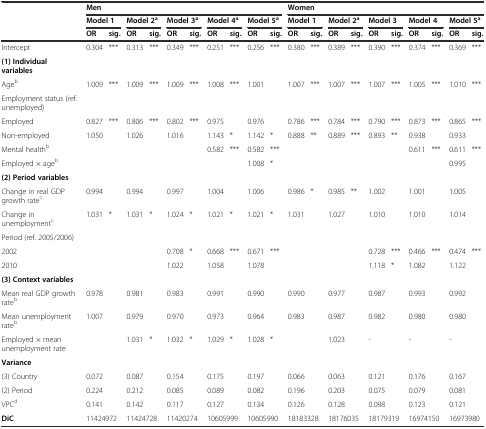
<table><thead><tr><td></td><td colspan="10"><b>Men</b></td><td colspan="10"><b>Women</b></td></tr><tr><td></td><td colspan="2"><b>Model 1</b></td><td colspan="2"><b>Model 2<sup>a</sup></b></td><td colspan="2"><b>Model 3<sup>a</sup></b></td><td colspan="2"><b>Model 4<sup>a</sup></b></td><td colspan="2"><b>Model 5<sup>a</sup></b></td><td colspan="2"><b>Model 1</b></td><td colspan="2"><b>Model 2<sup>a</sup></b></td><td colspan="2"><b>Model 3</b></td><td colspan="2"><b>Model 4</b></td><td colspan="2"><b>Model 5<sup>a</sup></b></td></tr><tr><td></td><td><b>OR</b></td><td><b>sig.</b></td><td><b>OR</b></td><td><b>sig.</b></td><td><b>OR</b></td><td><b>sig.</b></td><td><b>OR</b></td><td><b>sig.</b></td><td><b>OR</b></td><td><b>sig.</b></td><td><b>OR</b></td><td><b>sig.</b></td><td><b>OR</b></td><td><b>sig.</b></td><td><b>OR</b></td><td><b>sig.</b></td><td><b>OR</b></td><td><b>sig.</b></td><td><b>OR</b></td><td><b>sig.</b></td></tr></thead><tbody><tr><td>Intercept</td><td>0.304</td><td>***</td><td>0.313</td><td>***</td><td>0.349</td><td>***</td><td>0.251</td><td>***</td><td>0.256</td><td>***</td><td>0.380</td><td>***</td><td>0.389</td><td>***</td><td>0.390</td><td>***</td><td>0.374</td><td>***</td><td>0.369</td><td>***</td></tr><tr><td><b>(1) Individual variables</b></td><td></td><td></td><td></td><td></td><td></td><td></td><td></td><td></td><td></td><td></td><td></td><td></td><td></td><td></td><td></td><td></td><td></td><td></td><td></td><td></td></tr><tr><td>Age<sup>b</sup></td><td>1.009</td><td>***</td><td>1.009</td><td>***</td><td>1.009</td><td>***</td><td>1.008</td><td>***</td><td>1.001</td><td></td><td>1.007</td><td>***</td><td>1.007</td><td>***</td><td>1.007</td><td>***</td><td>1.005</td><td>***</td><td>1.010</td><td>***</td></tr><tr><td>Employment status (ref. unemployed)</td><td></td><td></td><td></td><td></td><td></td><td></td><td></td><td></td><td></td><td></td><td></td><td></td><td></td><td></td><td></td><td></td><td></td><td></td><td></td><td></td></tr><tr><td>Employed</td><td>0.827</td><td>***</td><td>0.806</td><td>***</td><td>0.802</td><td>***</td><td>0.975</td><td></td><td>0.976</td><td></td><td>0.786</td><td>***</td><td>0.784</td><td>***</td><td>0.790</td><td>***</td><td>0.873</td><td>***</td><td>0.865</td><td>***</td></tr><tr><td>Non-employed</td><td>1.050</td><td></td><td>1.026</td><td></td><td>1.016</td><td></td><td>1.143</td><td>*</td><td>1.142</td><td>*</td><td>0.888</td><td>**</td><td>0.889</td><td>***</td><td>0.893</td><td>**</td><td>0.938</td><td></td><td>0.933</td><td></td></tr><tr><td>Mental health<sup>b</sup></td><td></td><td></td><td></td><td></td><td></td><td></td><td>0.582</td><td>***</td><td>0.582</td><td>***</td><td></td><td></td><td></td><td></td><td></td><td></td><td>0.611</td><td>***</td><td>0.611</td><td>***</td></tr><tr><td>Employed × age<sup>b</sup></td><td></td><td></td><td></td><td></td><td></td><td></td><td></td><td></td><td>1.008</td><td>*</td><td></td><td></td><td></td><td></td><td></td><td></td><td></td><td></td><td>0.995</td><td></td></tr><tr><td><b>(2) Period variables</b></td><td></td><td></td><td></td><td></td><td></td><td></td><td></td><td></td><td></td><td></td><td></td><td></td><td></td><td></td><td></td><td></td><td></td><td></td><td></td><td></td></tr><tr><td>Change in real GDP growth rate<sup>c</sup></td><td>0.994</td><td></td><td>0.994</td><td></td><td>0.997</td><td></td><td>1.004</td><td></td><td>1.006</td><td></td><td>0.986</td><td>*</td><td>0.985</td><td>**</td><td>1.002</td><td></td><td>1.001</td><td></td><td>1.005</td><td></td></tr><tr><td>Change in unemployment<sup>c</sup></td><td>1.031</td><td>*</td><td>1.031</td><td>*</td><td>1.024</td><td>*</td><td>1.021</td><td>*</td><td>1.021</td><td>*</td><td>1.031</td><td></td><td>1.027</td><td></td><td>1.010</td><td></td><td>1.010</td><td></td><td>1.014</td><td></td></tr><tr><td>Period (ref. 2005/2006)</td><td></td><td></td><td></td><td></td><td></td><td></td><td></td><td></td><td></td><td></td><td></td><td></td><td></td><td></td><td></td><td></td><td></td><td></td><td></td><td></td></tr><tr><td>2002</td><td></td><td></td><td></td><td></td><td>0.708</td><td>*</td><td>0.668</td><td>***</td><td>0.671</td><td>***</td><td></td><td></td><td></td><td></td><td>0.728</td><td>***</td><td>0.466</td><td>***</td><td>0.474</td><td>***</td></tr><tr><td>2010</td><td></td><td></td><td></td><td></td><td>1.022</td><td></td><td>1.058</td><td></td><td>1.078</td><td></td><td></td><td></td><td></td><td></td><td>1.118</td><td>*</td><td>1.082</td><td></td><td>1.122</td><td></td></tr><tr><td><b>(3) Context variables</b></td><td></td><td></td><td></td><td></td><td></td><td></td><td></td><td></td><td></td><td></td><td></td><td></td><td></td><td></td><td></td><td></td><td></td><td></td><td></td><td></td></tr><tr><td>Mean real GDP growth rate<sup>b</sup></td><td>0.978</td><td></td><td>0.981</td><td></td><td>0.983</td><td></td><td>0.991</td><td></td><td>0.990</td><td></td><td>0.990</td><td></td><td>0.977</td><td></td><td>0.987</td><td></td><td>0.993</td><td></td><td>0.992</td><td></td></tr><tr><td>Mean unemployment rate<sup>b</sup></td><td>1.007</td><td></td><td>0.979</td><td></td><td>0.970</td><td></td><td>0.973</td><td></td><td>0.964</td><td></td><td>0.983</td><td></td><td>0.987</td><td></td><td>0.982</td><td></td><td>0.980</td><td></td><td>0.980</td><td></td></tr><tr><td>Employed × mean unemployment rate</td><td></td><td></td><td>1.031</td><td>*</td><td>1.032</td><td>*</td><td>1.029</td><td>*</td><td>1.028</td><td>*</td><td></td><td></td><td>1.023</td><td></td><td>-</td><td></td><td>-</td><td></td><td>-</td><td></td></tr><tr><td><b>Variance</b></td><td></td><td></td><td></td><td></td><td></td><td></td><td></td><td></td><td></td><td></td><td></td><td></td><td></td><td></td><td></td><td></td><td></td><td></td><td></td><td></td></tr><tr><td>(3) Country</td><td>0.072</td><td></td><td>0.087</td><td></td><td>0.154</td><td></td><td>0.175</td><td></td><td>0.197</td><td></td><td>0.066</td><td></td><td>0.063</td><td></td><td>0.121</td><td></td><td>0.176</td><td></td><td>0.167</td><td></td></tr><tr><td>(2) Period</td><td>0.224</td><td></td><td>0.212</td><td></td><td>0.085</td><td></td><td>0.089</td><td></td><td>0.082</td><td></td><td>0.196</td><td></td><td>0.203</td><td></td><td>0.075</td><td></td><td>0.079</td><td></td><td>0.081</td><td></td></tr><tr><td>VPC<sup>d</sup></td><td>0.141</td><td></td><td>0.142</td><td></td><td>0.117</td><td></td><td>0.127</td><td></td><td>0.134</td><td></td><td>0.126</td><td></td><td>0.128</td><td></td><td>0.098</td><td></td><td>0.123</td><td></td><td>0.121</td><td></td></tr><tr><td><b>DiC</b></td><td colspan="2">11424972</td><td colspan="2">11424728</td><td colspan="2">11420274</td><td colspan="2">10605999</td><td colspan="2">10605990</td><td colspan="2">18183328</td><td colspan="2">18176035</td><td colspan="2">18179319</td><td colspan="2">16974150</td><td colspan="2">16973980</td></tr></tbody></table>